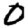
Digit: 0